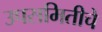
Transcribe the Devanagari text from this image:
उपसमितीचे